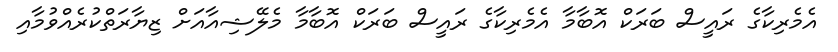
އެމެރިކާގެ ރައީސް ބަރަކް އޮބާމާ އެމެރިކާގެ ރައީސް ބަރަކް އޮބާމާ މެލޭޝިއާއަށް ޒިޔާރަތްކުރެއްވުމާއި